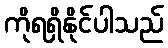
ကိုရရှိနိုင်ပါသည်